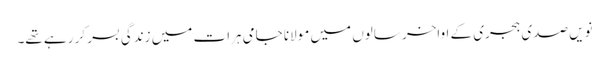
نویں صدی ہجری کے اواخر سالوں میں مولانا جامی ہرات میں زندگی بسر کر رہے تھے۔